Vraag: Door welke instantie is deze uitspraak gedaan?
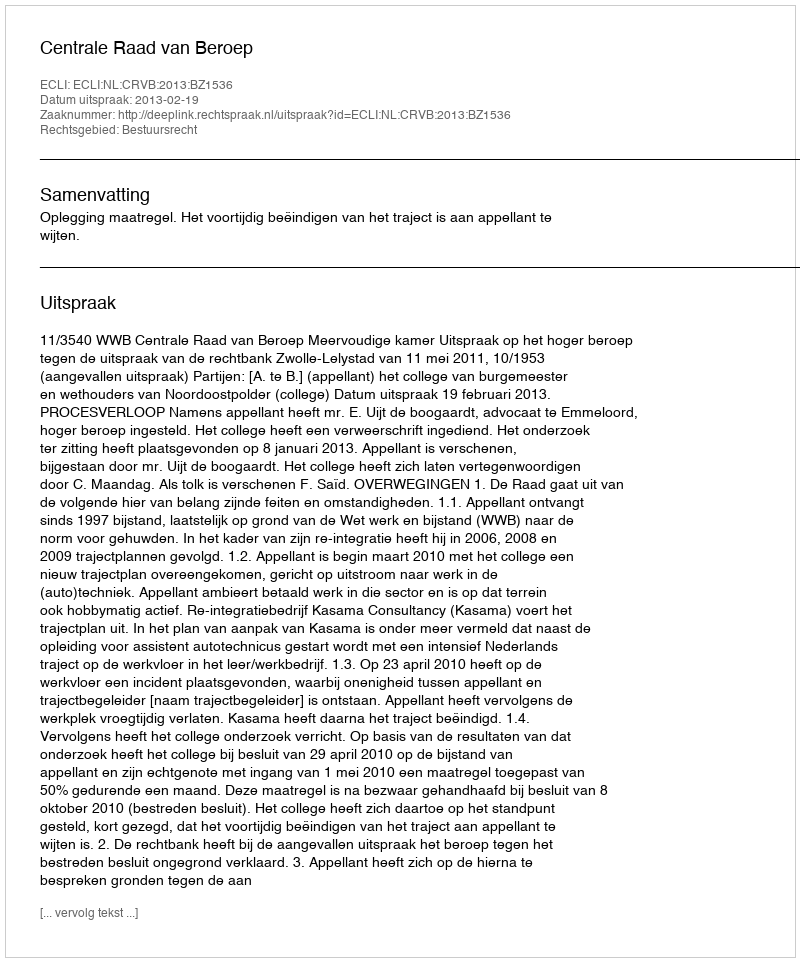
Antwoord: Centrale Raad van Beroep